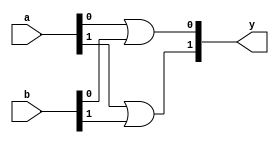
module xup_or_vector #(parameter SIZE=2, DELAY=3)(
    input [SIZE-1:0] a,
    input [SIZE-1:0] b,
    output [SIZE-1:0] y
    );

   genvar i;
    generate
       for (i=0; i < SIZE; i=i+1) 
       begin: or_i
          or #DELAY(y[i], a[i], b[i]);
       end
    endgenerate

endmodule